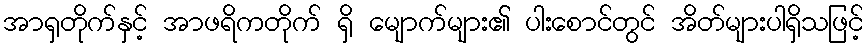
အာရှတိုက်နှင့် အာဖရိကတိုက် ရှိ မျောက်များ၏ ပါးစောင်တွင် အိတ်များပါရှိသဖြင့်